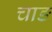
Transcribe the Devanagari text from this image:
चाङ